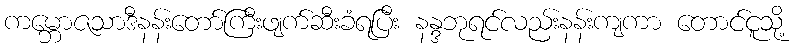
ကမ္ဘောဇသာဒီနန်းတော်ကြီးဖျက်ဆီးခံရပြီး နန္ဒဘုရင်လည်းနန်းကျကာ တောင်ငူသို့